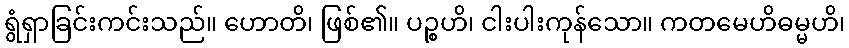
ရွံရှာခြင်းကင်းသည်။ ဟောတိ၊ ဖြစ်၏။ ပဉ္စဟိ၊ ငါးပါးကုန်သော။ ကတမေဟိဓမ္မဟိ၊